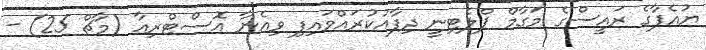
ޔުއެފާގެ ރައީސްގެ މަގާމް ޕްލެޓިނީ ދިފާއުކުރައްވައިފި ވިއެނާ އޮސްޓްރިއާ (މާޗް 25) -